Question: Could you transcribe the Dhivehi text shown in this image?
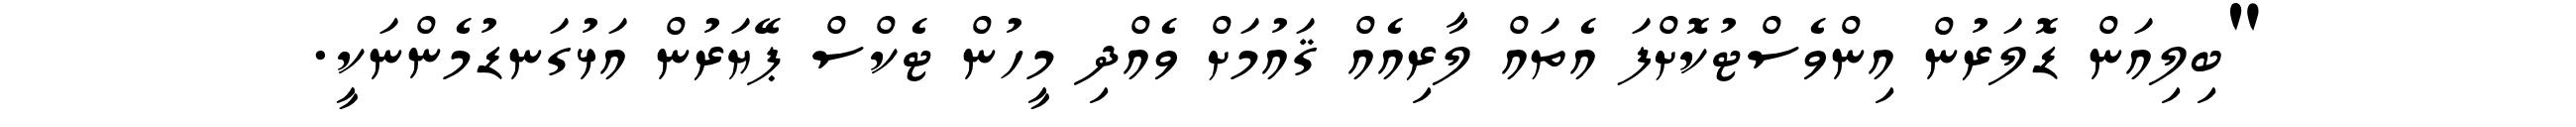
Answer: "ބިލިއަން ޑޮލަރުން އިންވެސްޓުކޮށްފަ އެތައް ލާރިއެއް ޤައުމަށް ވެއްދި މީހުން ޓެކްސް ޕޭޔަރުން އަޅުގަނޑުމެންނަކީ.